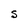
Character: S